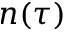
n ( \tau )